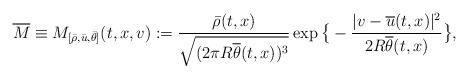
LaTeX: \begin{align*}\overline{M}\equiv M_{[\bar{\rho},\bar{u},\bar{\theta}]}(t,x,v):=\frac{\bar{\rho}(t,x)}{\sqrt{(2\pi R\overline{\theta}(t,x))^{3}}}\exp\big\{-\frac{|v-\overline{u}(t,x)|^2}{2R\overline{\theta}(t,x)}\big\},\end{align*}